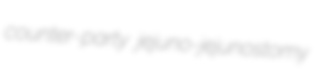
counter-party jejuno-jejunostomy